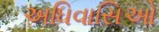
અધિવાસિઓ